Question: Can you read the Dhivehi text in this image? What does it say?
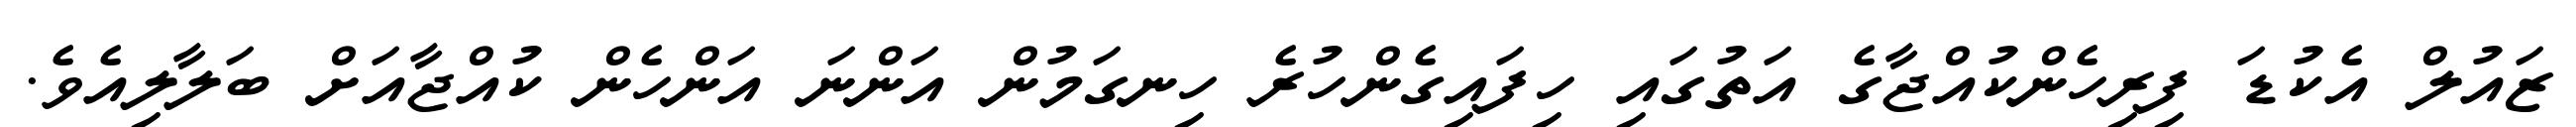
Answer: ޒައުލް އެކުޑަ ފިރިހެންކުއްޖާގެ އަތުގައި ހިފައިގެންހުރެ ހިނގަމުން އަންނަ އަންހެން ކުއްޖާއަށް ބަލާލިއެވެ.